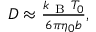
\begin{array} { r } { D \approx \frac { k _ { \mathrm { ~ B ~ } } T _ { 0 } } { 6 \pi \eta _ { 0 } b } , } \end{array}